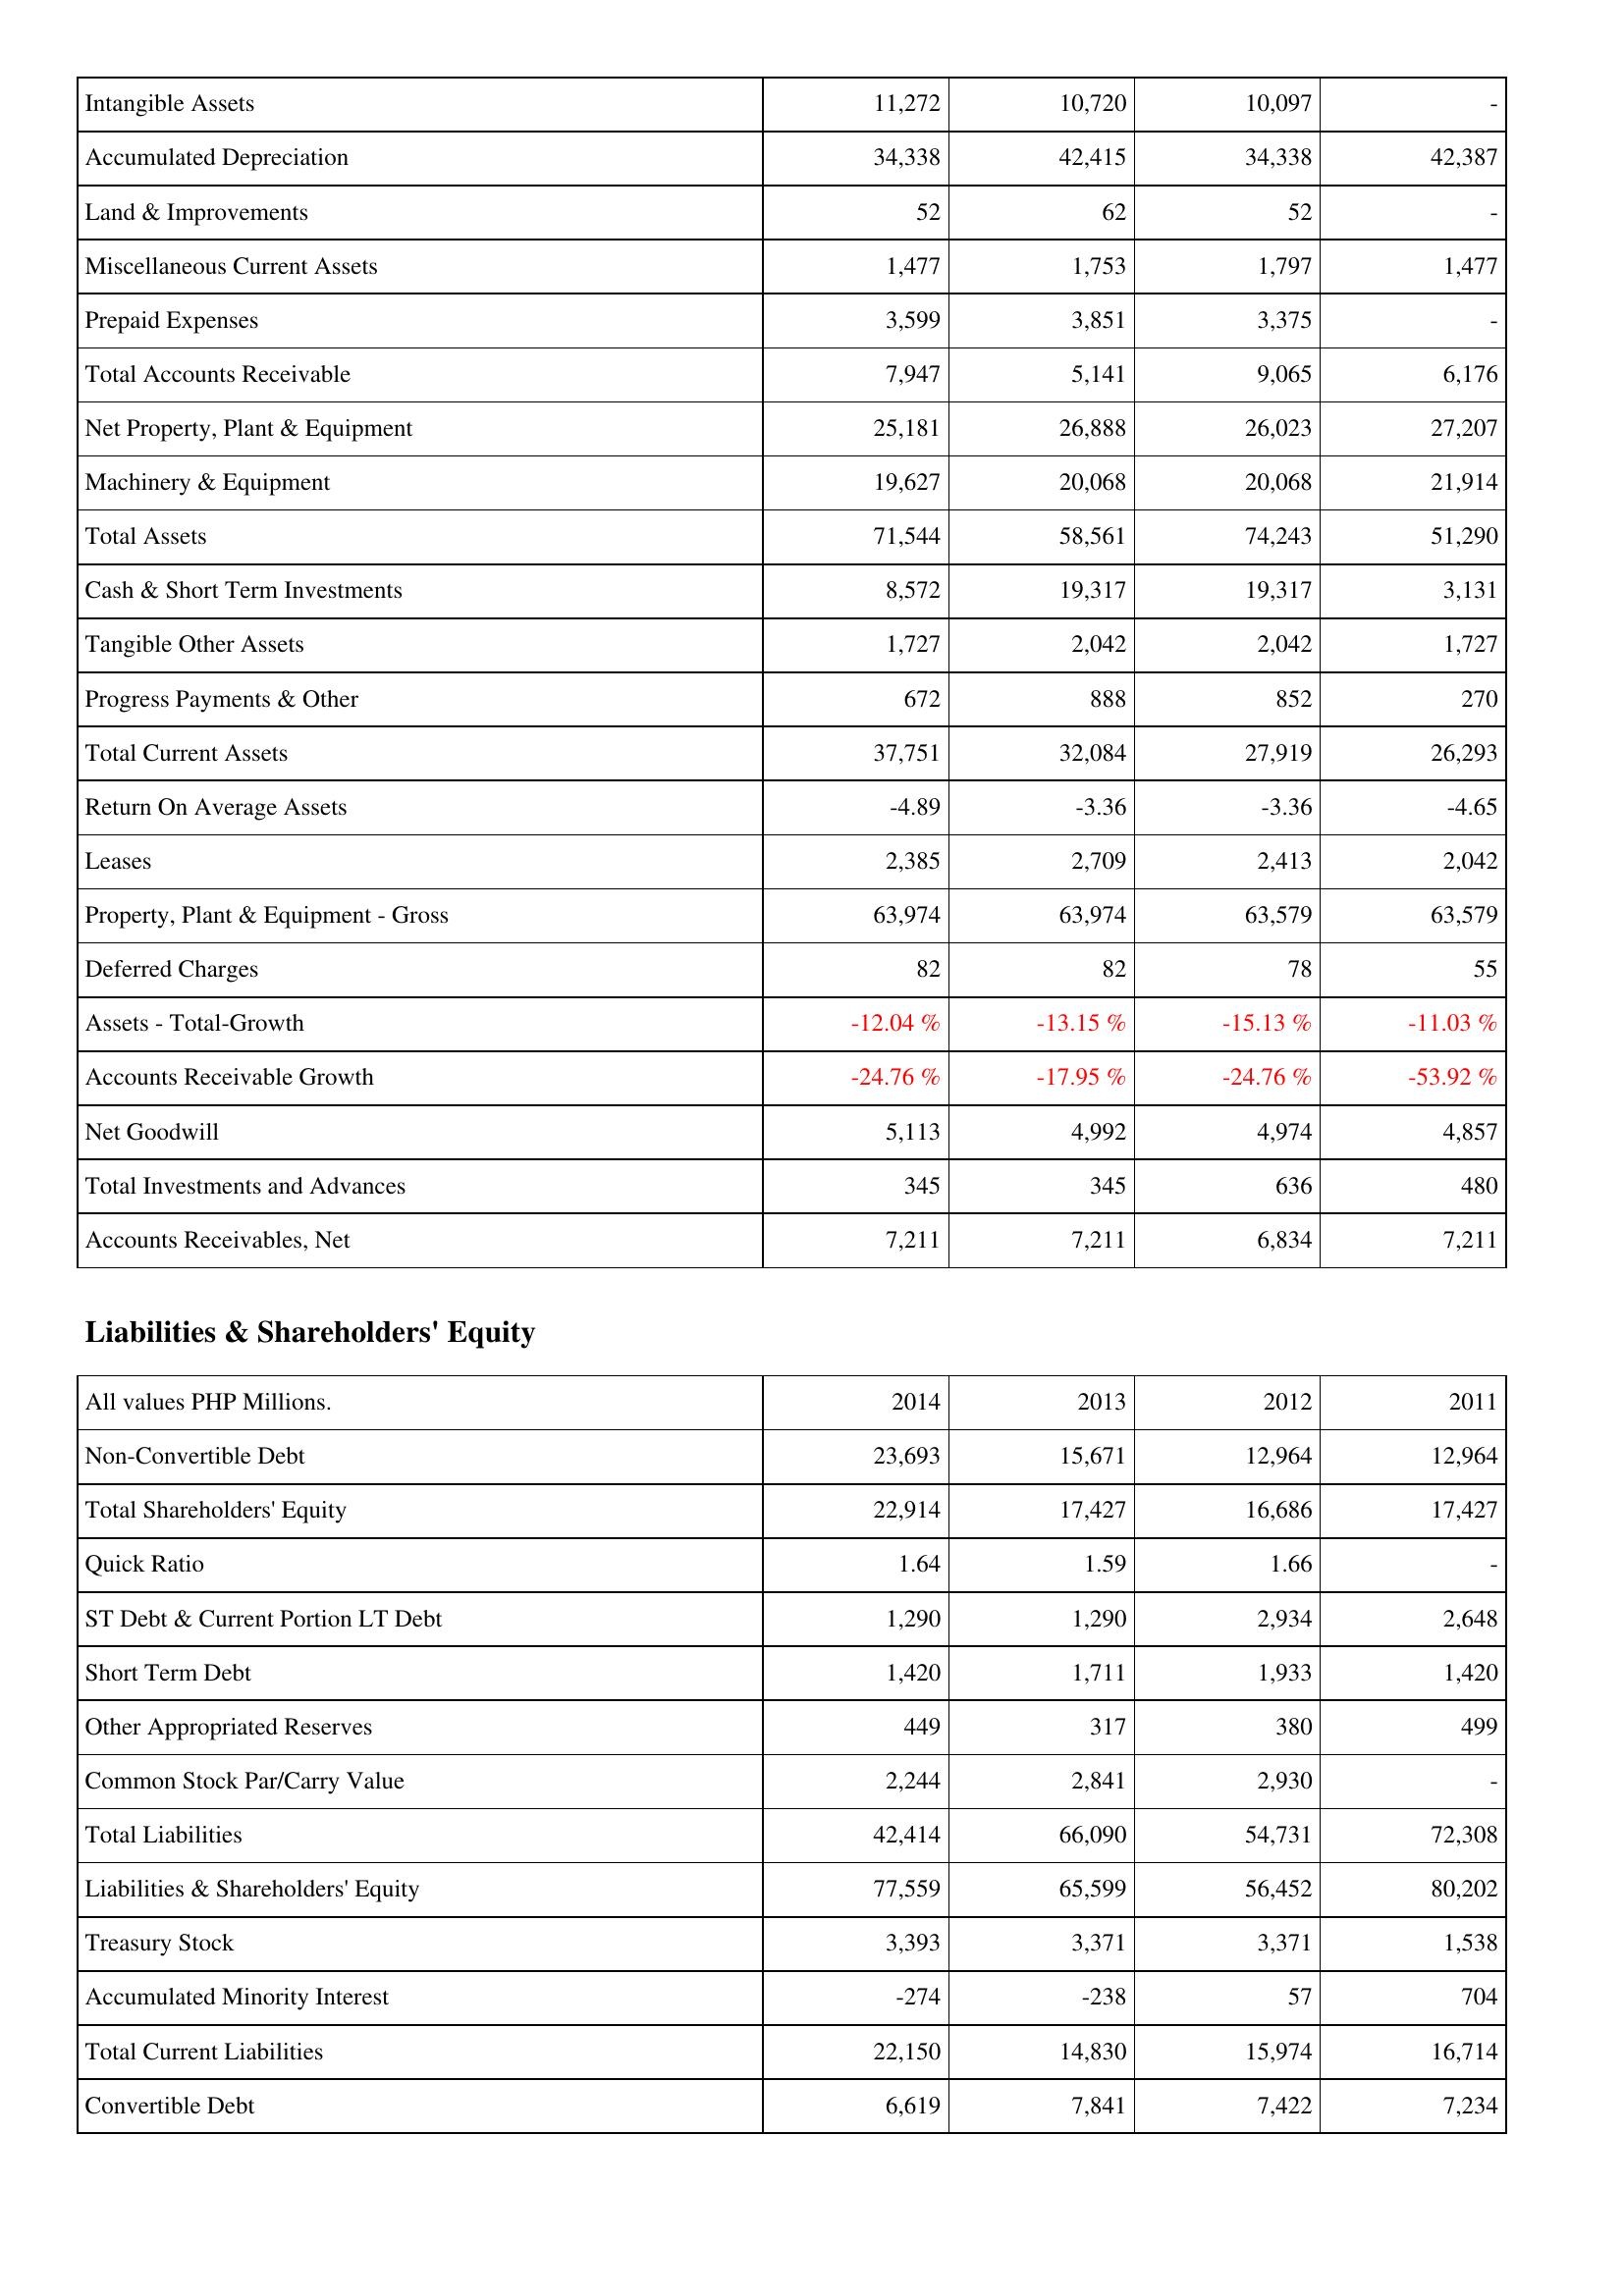
2014: Assets: Intangible Assets: 11,272
Accumulated Depreciation: 34,338
Land & Improvements: 52
Miscellaneous Current Assets: 1,477
Prepaid Expenses: 3,599
Total Accounts Receivable: 7,947
Net Property, Plant & Equipment: 25,181
Machinery & Equipment: 19,627
Total Assets: 71,544
Cash & Short Term Investments: 8,572
Tangible Other Assets: 1,727
Progress Payments & Other: 672
Total Current Assets: 37,751
Return On Average Assets: -4.89
Leases: 2,385
Property, Plant & Equipment - Gross: 63,974
Deferred Charges: 82
Assets - Total-Growth: -12.04 %
Accounts Receivable Growth: -24.76 %
Net Goodwill: 5,113
Total Investments and Advances: 345
Accounts Receivables, Net: 7,211
Liabilities & Shareholders' Equity: Non-Convertible Debt: 23,693
Total Shareholders' Equity: 22,914
Quick Ratio: 1.64
ST Debt & Current Portion LT Debt: 1,290
Short Term Debt: 1,420
Other Appropriated Reserves: 449
Common Stock Par/Carry Value: 2,244
Total Liabilities: 42,414
Liabilities & Shareholders' Equity: 77,559
Treasury Stock: 3,393
Accumulated Minority Interest: -274
Total Current Liabilities: 22,150
Convertible Debt: 6,619
2013: Assets: Intangible Assets: 10,720
Accumulated Depreciation: 42,415
Land & Improvements: 62
Miscellaneous Current Assets: 1,753
Prepaid Expenses: 3,851
Total Accounts Receivable: 5,141
Net Property, Plant & Equipment: 26,888
Machinery & Equipment: 20,068
Total Assets: 58,561
Cash & Short Term Investments: 19,317
Tangible Other Assets: 2,042
Progress Payments & Other: 888
Total Current Assets: 32,084
Return On Average Assets: -3.36
Leases: 2,709
Property, Plant & Equipment - Gross: 63,974
Deferred Charges: 82
Assets - Total-Growth: -13.15 %
Accounts Receivable Growth: -17.95 %
Net Goodwill: 4,992
Total Investments and Advances: 345
Accounts Receivables, Net: 7,211
Liabilities & Shareholders' Equity: Non-Convertible Debt: 15,671
Total Shareholders' Equity: 17,427
Quick Ratio: 1.59
ST Debt & Current Portion LT Debt: 1,290
Short Term Debt: 1,711
Other Appropriated Reserves: 317
Common Stock Par/Carry Value: 2,841
Total Liabilities: 66,090
Liabilities & Shareholders' Equity: 65,599
Treasury Stock: 3,371
Accumulated Minority Interest: -238
Total Current Liabilities: 14,830
Convertible Debt: 7,841
2012: Assets: Intangible Assets: 10,097
Accumulated Depreciation: 34,338
Land & Improvements: 52
Miscellaneous Current Assets: 1,797
Prepaid Expenses: 3,375
Total Accounts Receivable: 9,065
Net Property, Plant & Equipment: 26,023
Machinery & Equipment: 20,068
Total Assets: 74,243
Cash & Short Term Investments: 19,317
Tangible Other Assets: 2,042
Progress Payments & Other: 852
Total Current Assets: 27,919
Return On Average Assets: -3.36
Leases: 2,413
Property, Plant & Equipment - Gross: 63,579
Deferred Charges: 78
Assets - Total-Growth: -15.13 %
Accounts Receivable Growth: -24.76 %
Net Goodwill: 4,974
Total Investments and Advances: 636
Accounts Receivables, Net: 6,834
Liabilities & Shareholders' Equity: Non-Convertible Debt: 12,964
Total Shareholders' Equity: 16,686
Quick Ratio: 1.66
ST Debt & Current Portion LT Debt: 2,934
Short Term Debt: 1,933
Other Appropriated Reserves: 380
Common Stock Par/Carry Value: 2,930
Total Liabilities: 54,731
Liabilities & Shareholders' Equity: 56,452
Treasury Stock: 3,371
Accumulated Minority Interest: 57
Total Current Liabilities: 15,974
Convertible Debt: 7,422
2011: Assets: Intangible Assets: -
Accumulated Depreciation: 42,387
Land & Improvements: -
Miscellaneous Current Assets: 1,477
Prepaid Expenses: -
Total Accounts Receivable: 6,176
Net Property, Plant & Equipment: 27,207
Machinery & Equipment: 21,914
Total Assets: 51,290
Cash & Short Term Investments: 3,131
Tangible Other Assets: 1,727
Progress Payments & Other: 270
Total Current Assets: 26,293
Return On Average Assets: -4.65
Leases: 2,042
Property, Plant & Equipment - Gross: 63,579
Deferred Charges: 55
Assets - Total-Growth: -11.03 %
Accounts Receivable Growth: -53.92 %
Net Goodwill: 4,857
Total Investments and Advances: 480
Accounts Receivables, Net: 7,211
Liabilities & Shareholders' Equity: Non-Convertible Debt: 12,964
Total Shareholders' Equity: 17,427
Quick Ratio: -
ST Debt & Current Portion LT Debt: 2,648
Short Term Debt: 1,420
Other Appropriated Reserves: 499
Common Stock Par/Carry Value: -
Total Liabilities: 72,308
Liabilities & Shareholders' Equity: 80,202
Treasury Stock: 1,538
Accumulated Minority Interest: 704
Total Current Liabilities: 16,714
Convertible Debt: 7,234